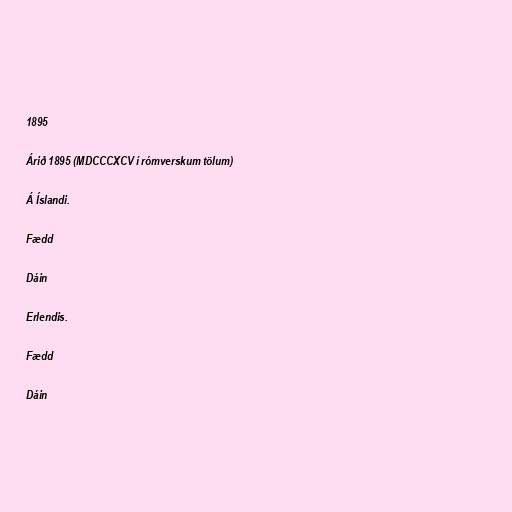
1895

Árið 1895 (MDCCCXCV í rómverskum tölum)

Á Íslandi.

Fædd

Dáin

Erlendis.

Fædd

Dáin